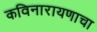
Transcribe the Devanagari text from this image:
कविनारायणाचा